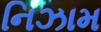
નિઝામ